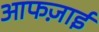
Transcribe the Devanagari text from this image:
आफज़ाई